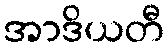
အာဒိယတီ